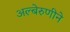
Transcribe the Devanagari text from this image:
अल्बेरुणीने